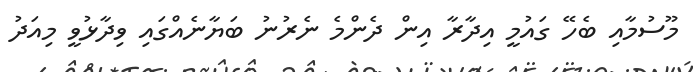
މޫސުމާއި ބެހޭ ގައުމީ އިދާރާ އިން ދެންމެ ނެރުނު ބަޔާނެއްގައި ވިދާޅުވީ މިއަދު